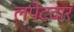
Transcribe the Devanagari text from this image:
लपेटदार